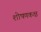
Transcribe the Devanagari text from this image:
शोषणकक्ष